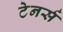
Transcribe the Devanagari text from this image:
टेनर्स